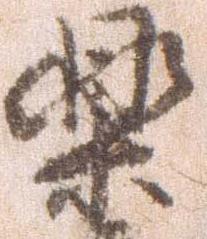
楽